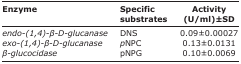
<table><thead><tr><td><b>Enzyme</b></td><td><b>Specific substrates</b></td><td><b>Activity (U/ml)±SD</b></td></tr></thead><tbody><tr><td><i>endo-(1,4)-β-D-glucanase</i></td><td>DNS</td><td>0.09±0.00027</td></tr><tr><td><i>exo-(1,4)-β-D-glucanase</i></td><td><i>p</i>NPC</td><td>0.13±0.0131</td></tr><tr><td><i>β-glucocidase</i></td><td>pNPG</td><td>0.10±0.0069</td></tr></tbody></table>